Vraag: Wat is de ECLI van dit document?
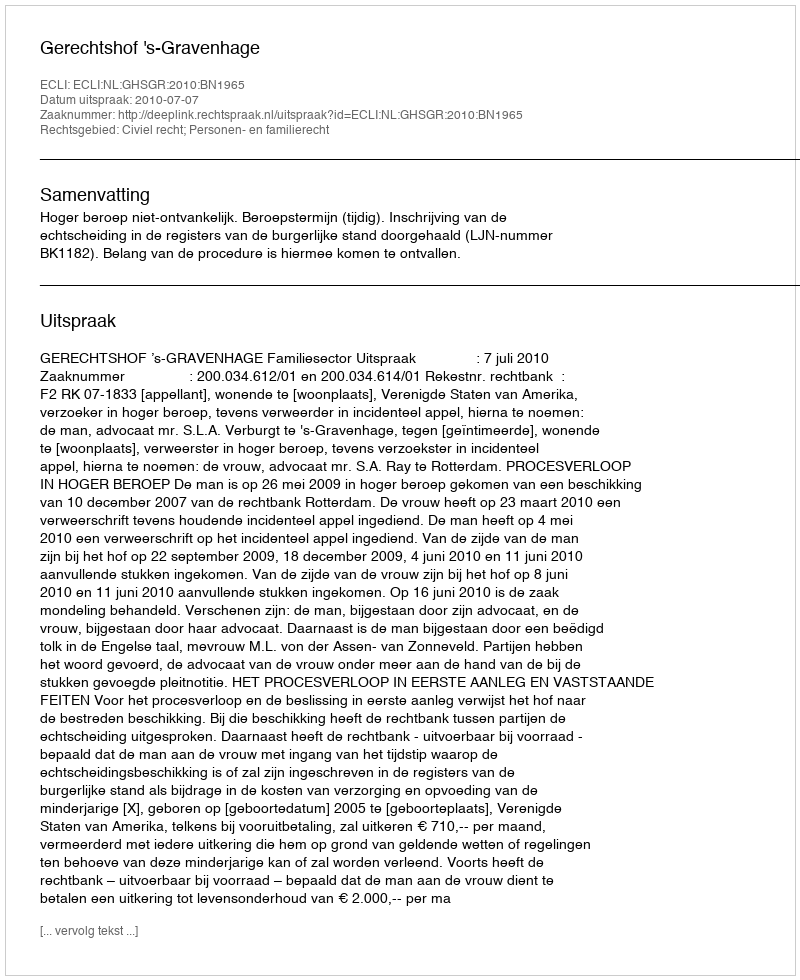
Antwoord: ECLI:NL:GHSGR:2010:BN1965